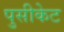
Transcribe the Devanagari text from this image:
पुसीकेट